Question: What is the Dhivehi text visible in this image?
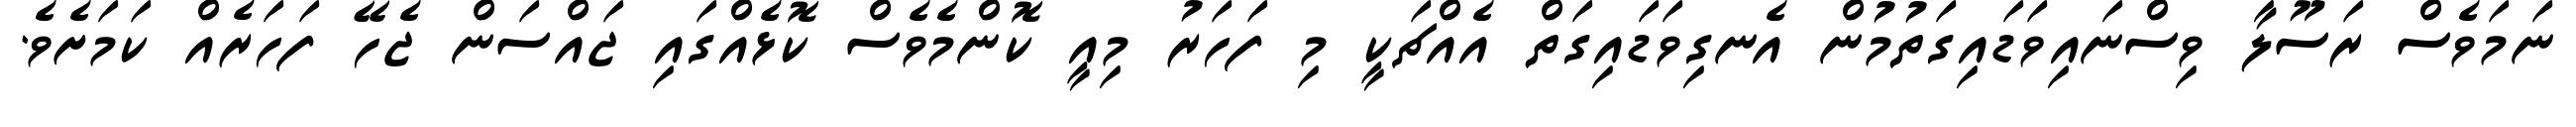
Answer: ނަމަވެސް ރަސޫލާ ވިސްނައިވަޑައިގަތުމުން އެނގިވަޑައިގަތް އެއްޗަކީ މި ފަހަރު މިއީ ކޮންމެވެސް ކޮޅެއްގައި ޖައްސަން ޖެހޭ ފަހަރެއް ކަމަށެވެ.